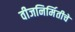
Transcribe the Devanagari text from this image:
वीजनिर्मितीचे